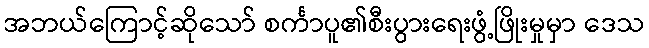
အဘယ်ကြောင့်ဆိုသော် စင်္ကာပူ၏စီးပွားရေးဖွံ့ဖြိုးမှုမှာ ဒေသ